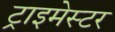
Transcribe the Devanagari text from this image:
ट्राइमेस्टर